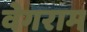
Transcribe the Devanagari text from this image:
वेगराम